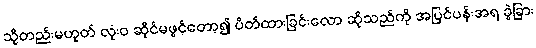
သို့တည်းမဟုတ် လုံးဝ ဆိုင်မဖွင့်တော့၍ ပိတ်ထားခြင်းလော ဆိုသည်ကို အပြင်ပန်းအရ ခွဲခြား